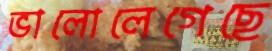
ভালোলেগেছে